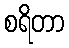
စရိတာ